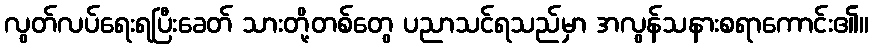
လွတ်လပ်ရေးရပြီးခေတ် သားတို့တစ်တွေ ပညာသင်ရသည်မှာ အလွန်သနားစရာကောင်း၏။